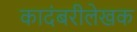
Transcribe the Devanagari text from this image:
कादंबरीलेखक